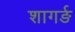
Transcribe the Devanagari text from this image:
शागर्ङ